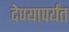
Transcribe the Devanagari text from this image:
देण्यापर्यंत